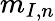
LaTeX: m_{I,n}